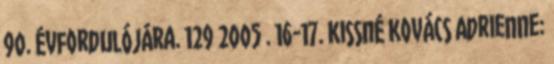
90. évfordulójára. 129 2005 . 16-17. Kissné Kovács Adrienne: